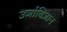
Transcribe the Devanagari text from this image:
उर्जाविज्ञान